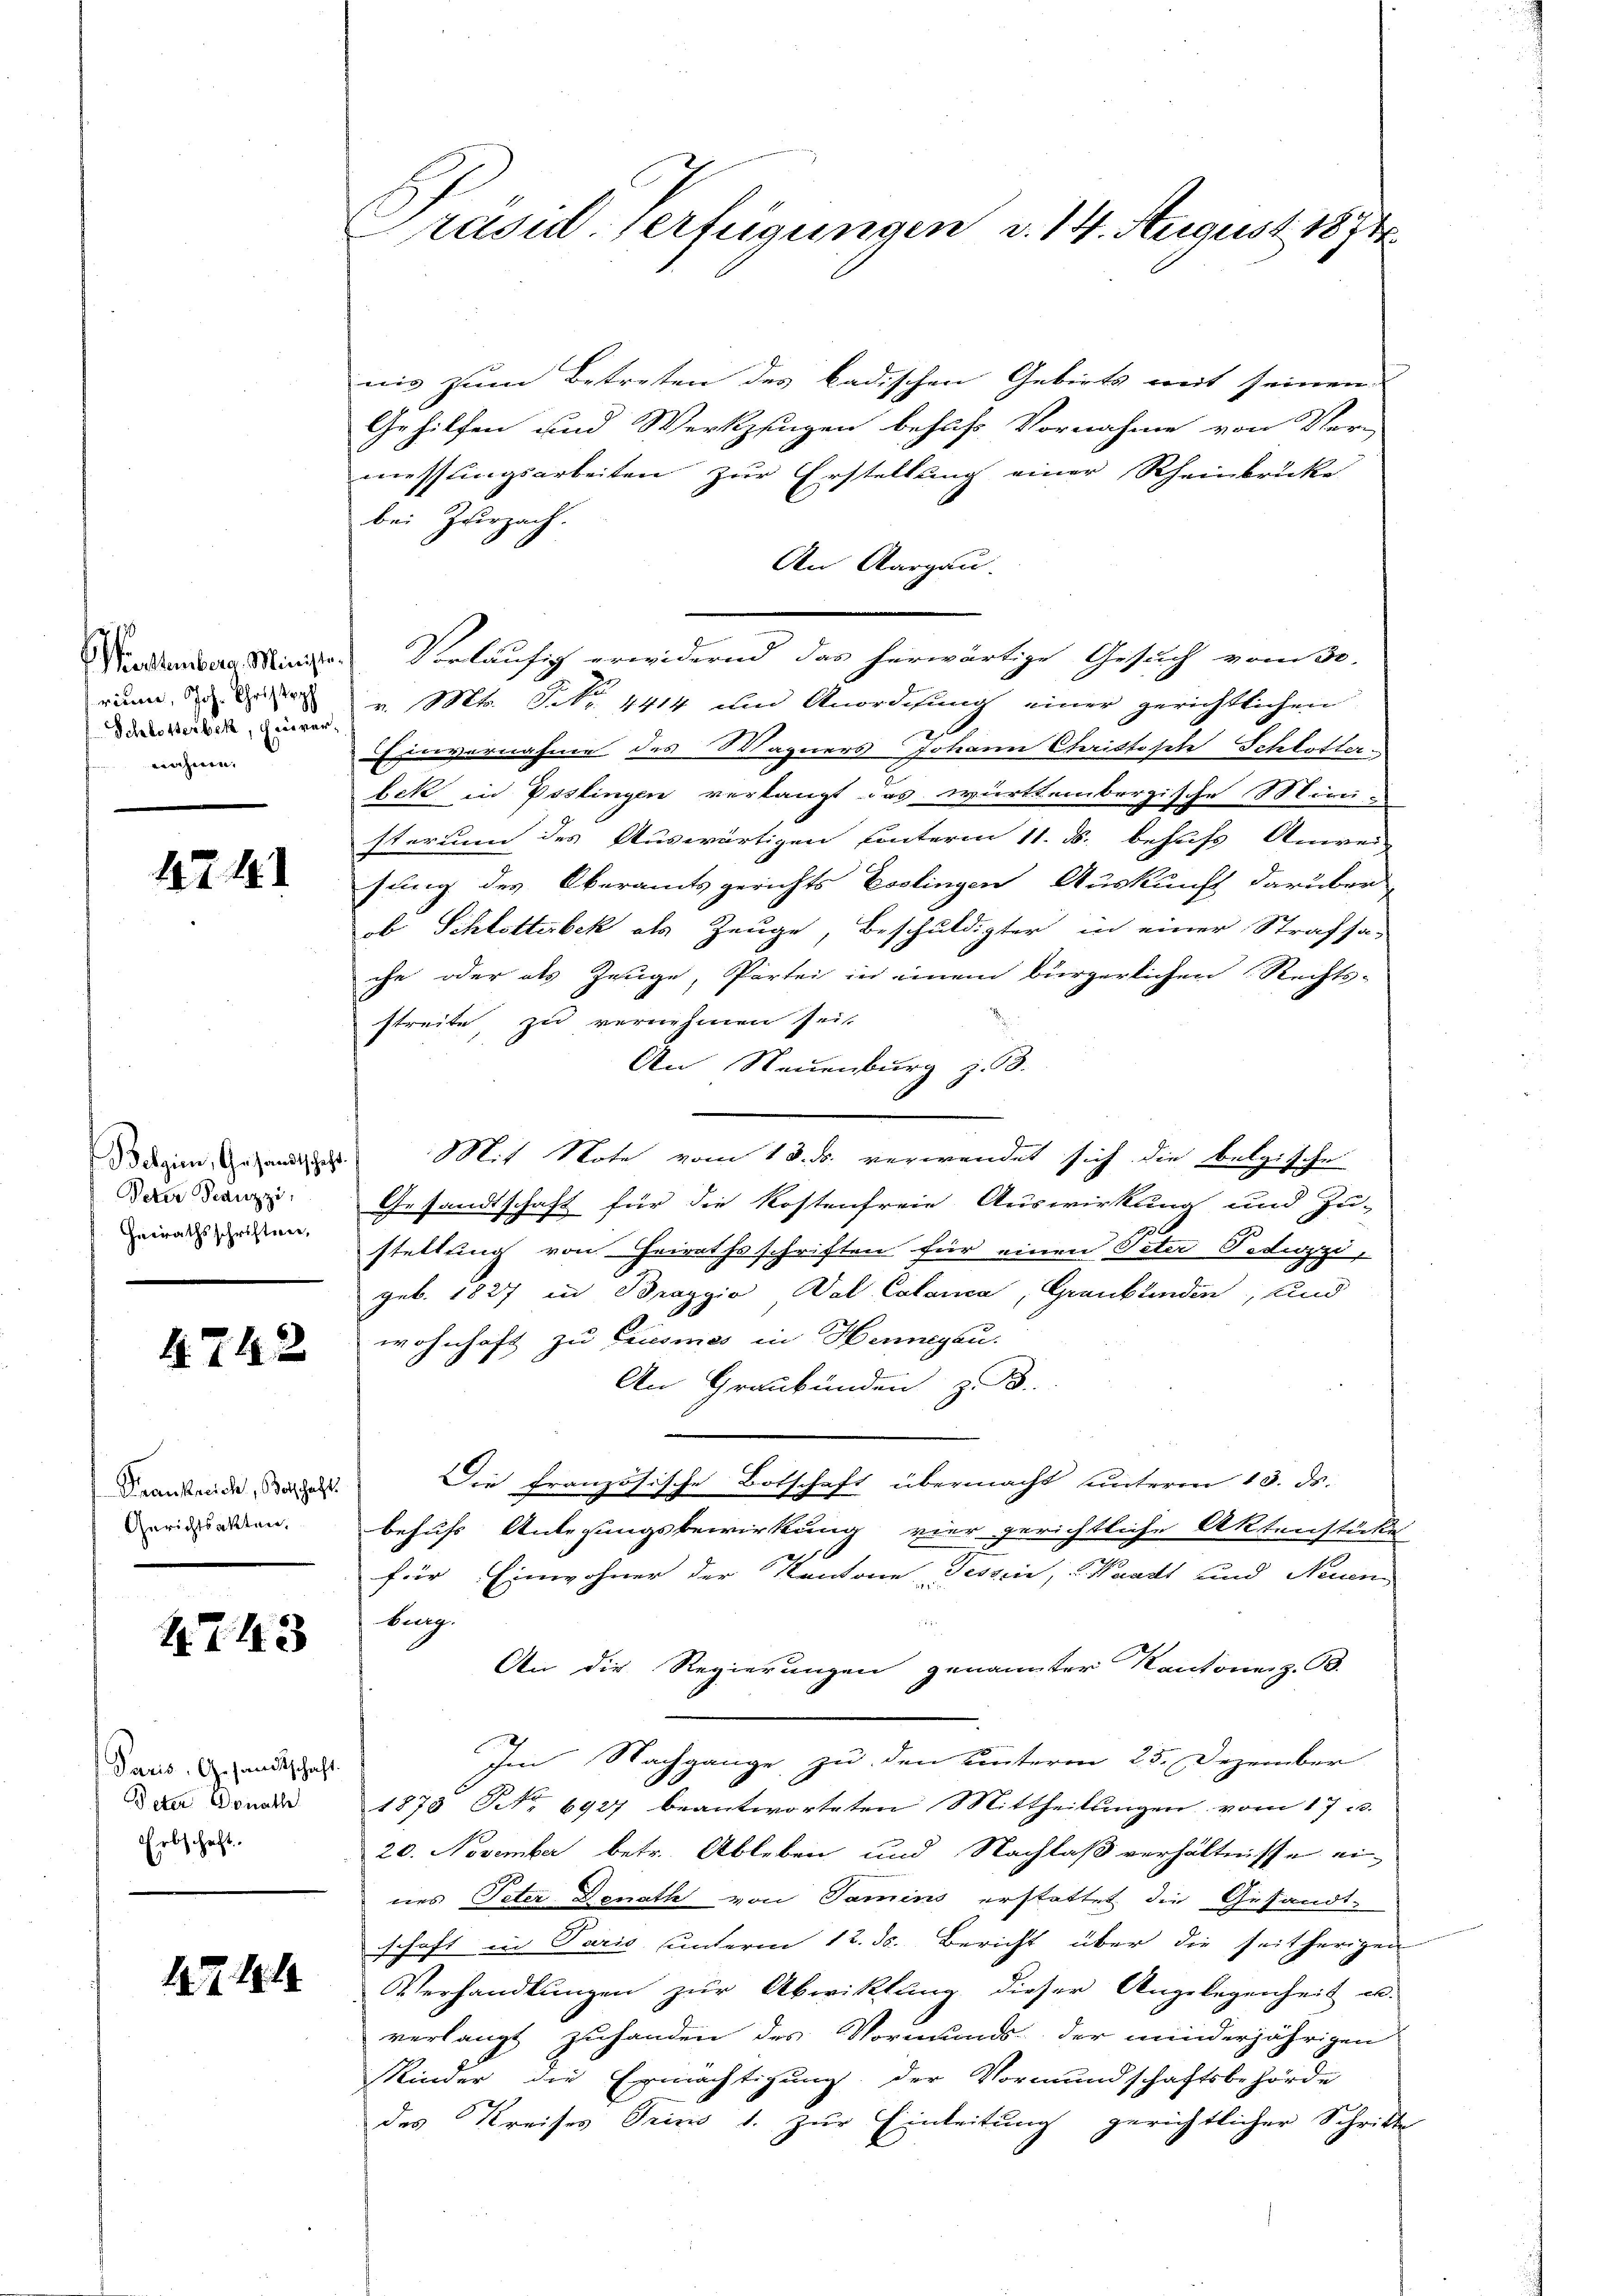
ritier, Joh. Christoph
Schlotterbek, Hausvernahme.

42. 441

Peter Franzzi
Heirathsschriften,

4. 742

Frankreich, Botschaft.
Gerichtsakten,

1743

Paris, Gesandtschaft.
Peter Donath
Erbschaft.

17 181

Prasil-Verfügungen d. 14. August 1874

nis zum Betreten des badischen Gebiets mit seinen
Gehilfen und Werkzingen behufs Vornahme von Ver-
messungsarbeiten zur Erstellung einer Rheinbrücke
bei Zurzach.
An Aargau.
Modenbar Ministr. Vorläufig erwidernd das herwärtige Gesuch vom 30.
v. Mts. S. Nr. 4414 und Anordnung einer gerichtlichen
Einvernahme des Wagners Johann Christische Schlotter-
bek in Poslingen verlangt das württembergische Mini-
sterium des Auswärtigen unterm 11. ds. behufs Anwei-
sung des Oberamtsgerichts Esslingen Auskunft darüber
ob Schlotterbek als Zeuge, Beschuldigter in einer Strafsa-
che oder als Zeuge, Partei in einem bürgerlichen Rechts-
streite zu vernehmen seit
An Neuenburg z. 58.
do dein Gesandtes Mit Note vom 13. ds. verwendet sich die belgische
Gesandtschaft für die Kostenfreie Auswirkung und Zu-
3
stattung von Heirathsschriften für einen Peter Polizzi
geb. 1827 in Braggio, Val Calanca, Graubtenden, und
wohnhaft zu Crusmes in Henngau.
An Graubünden z. B.
Die französische Botschaft übermacht unterm 13. ds.
behufs Anlegungsbewirkung vier gerichtliche Aktenstücke
für Einwohner der Kantone Tessin, Waadt und Neue
burg.
An die Regierungen genannter Kantonenz. B.
Im Nachgange zu den Hinterm 25. Dezember
1878 No 6927 beantworteten Mittheilungen vom 17. 3.
20. November betr. Ableben und Nachlaß verhältnisse ei-
des Peter Donath von Samins erstattet die Gesandt-
schaft in Paris unterm 12. ds. Bericht über die seitherigen
Verhandlungen zur Abwicklung dieser Angelegenheit u.
verlangt zuhanden des Vormunds- der minderjährigen
Kinder die Ermächtigung der Vormundschaftsbehörde
des Kreises Trino d. zur Einleitung gerichtlicher Schritte